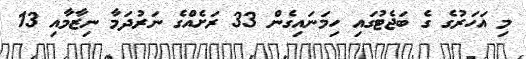
މި އަހަރުގެ ގެ ބަޖެޓުގައި ހިމަނައިގެން 33 ރަށެއްގެ ނަރުދަމާ ނިޒާމާއި 13